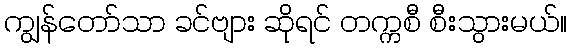
ကျွန်တော်သာ ခင်ဗျား ဆိုရင် တက္ကစီ စီးသွားမယ်။